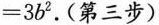
= 3 b ^ { 2 } .$$ (第三步)